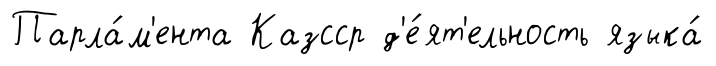
Парла́м'ента Казсср д'е́ят'ельность языка́